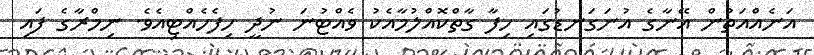
އަނެއްއަތުން އޭނާގެ އުނަގަނޑުގައި ހިފާ ގާތްކޮއްލުމާއެކު ވެއްޓުނަ ނުދީ ހިފެހެއްޓިއެވެ. ނިމްރާގެ ފައި